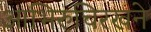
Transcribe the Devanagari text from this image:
आभिरुचिरखने